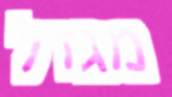
מגדל